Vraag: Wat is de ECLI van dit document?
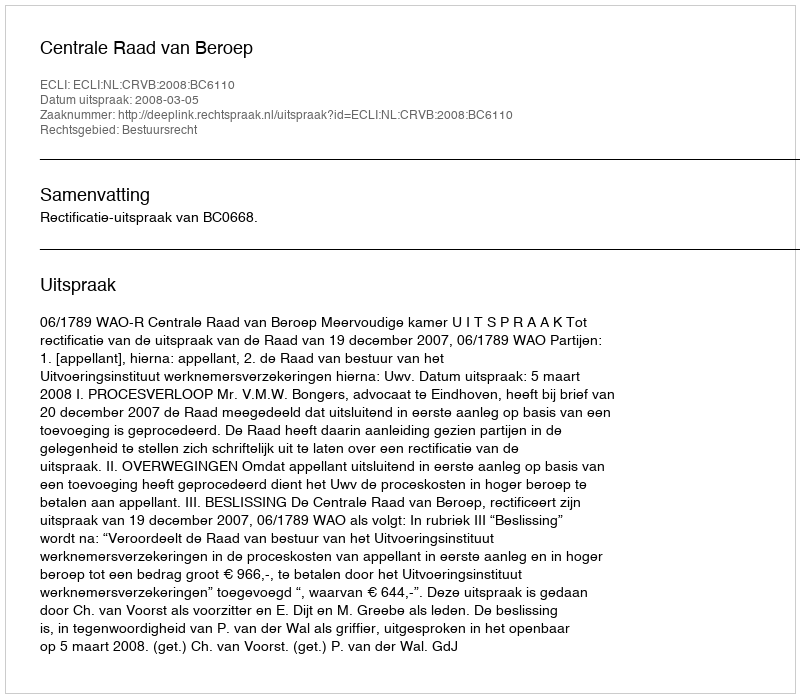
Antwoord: ECLI:NL:CRVB:2008:BC6110